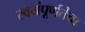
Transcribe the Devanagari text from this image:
स्वयंपूर्णतेचा